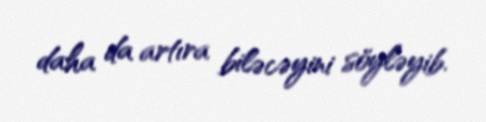
daha da artıra biləcəyini söyləyib.